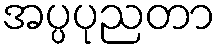
အပ္ပပုညတာ